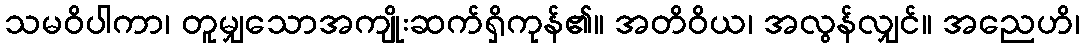
သမဝိပါကာ၊ တူမျှသောအကျိုးဆက်ရှိကုန်၏။ အတိဝိယ၊ အလွန်လျှင်။ အညေဟိ၊